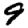
Digit: 9